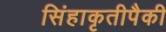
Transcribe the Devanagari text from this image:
सिंहाकृतीपैकी